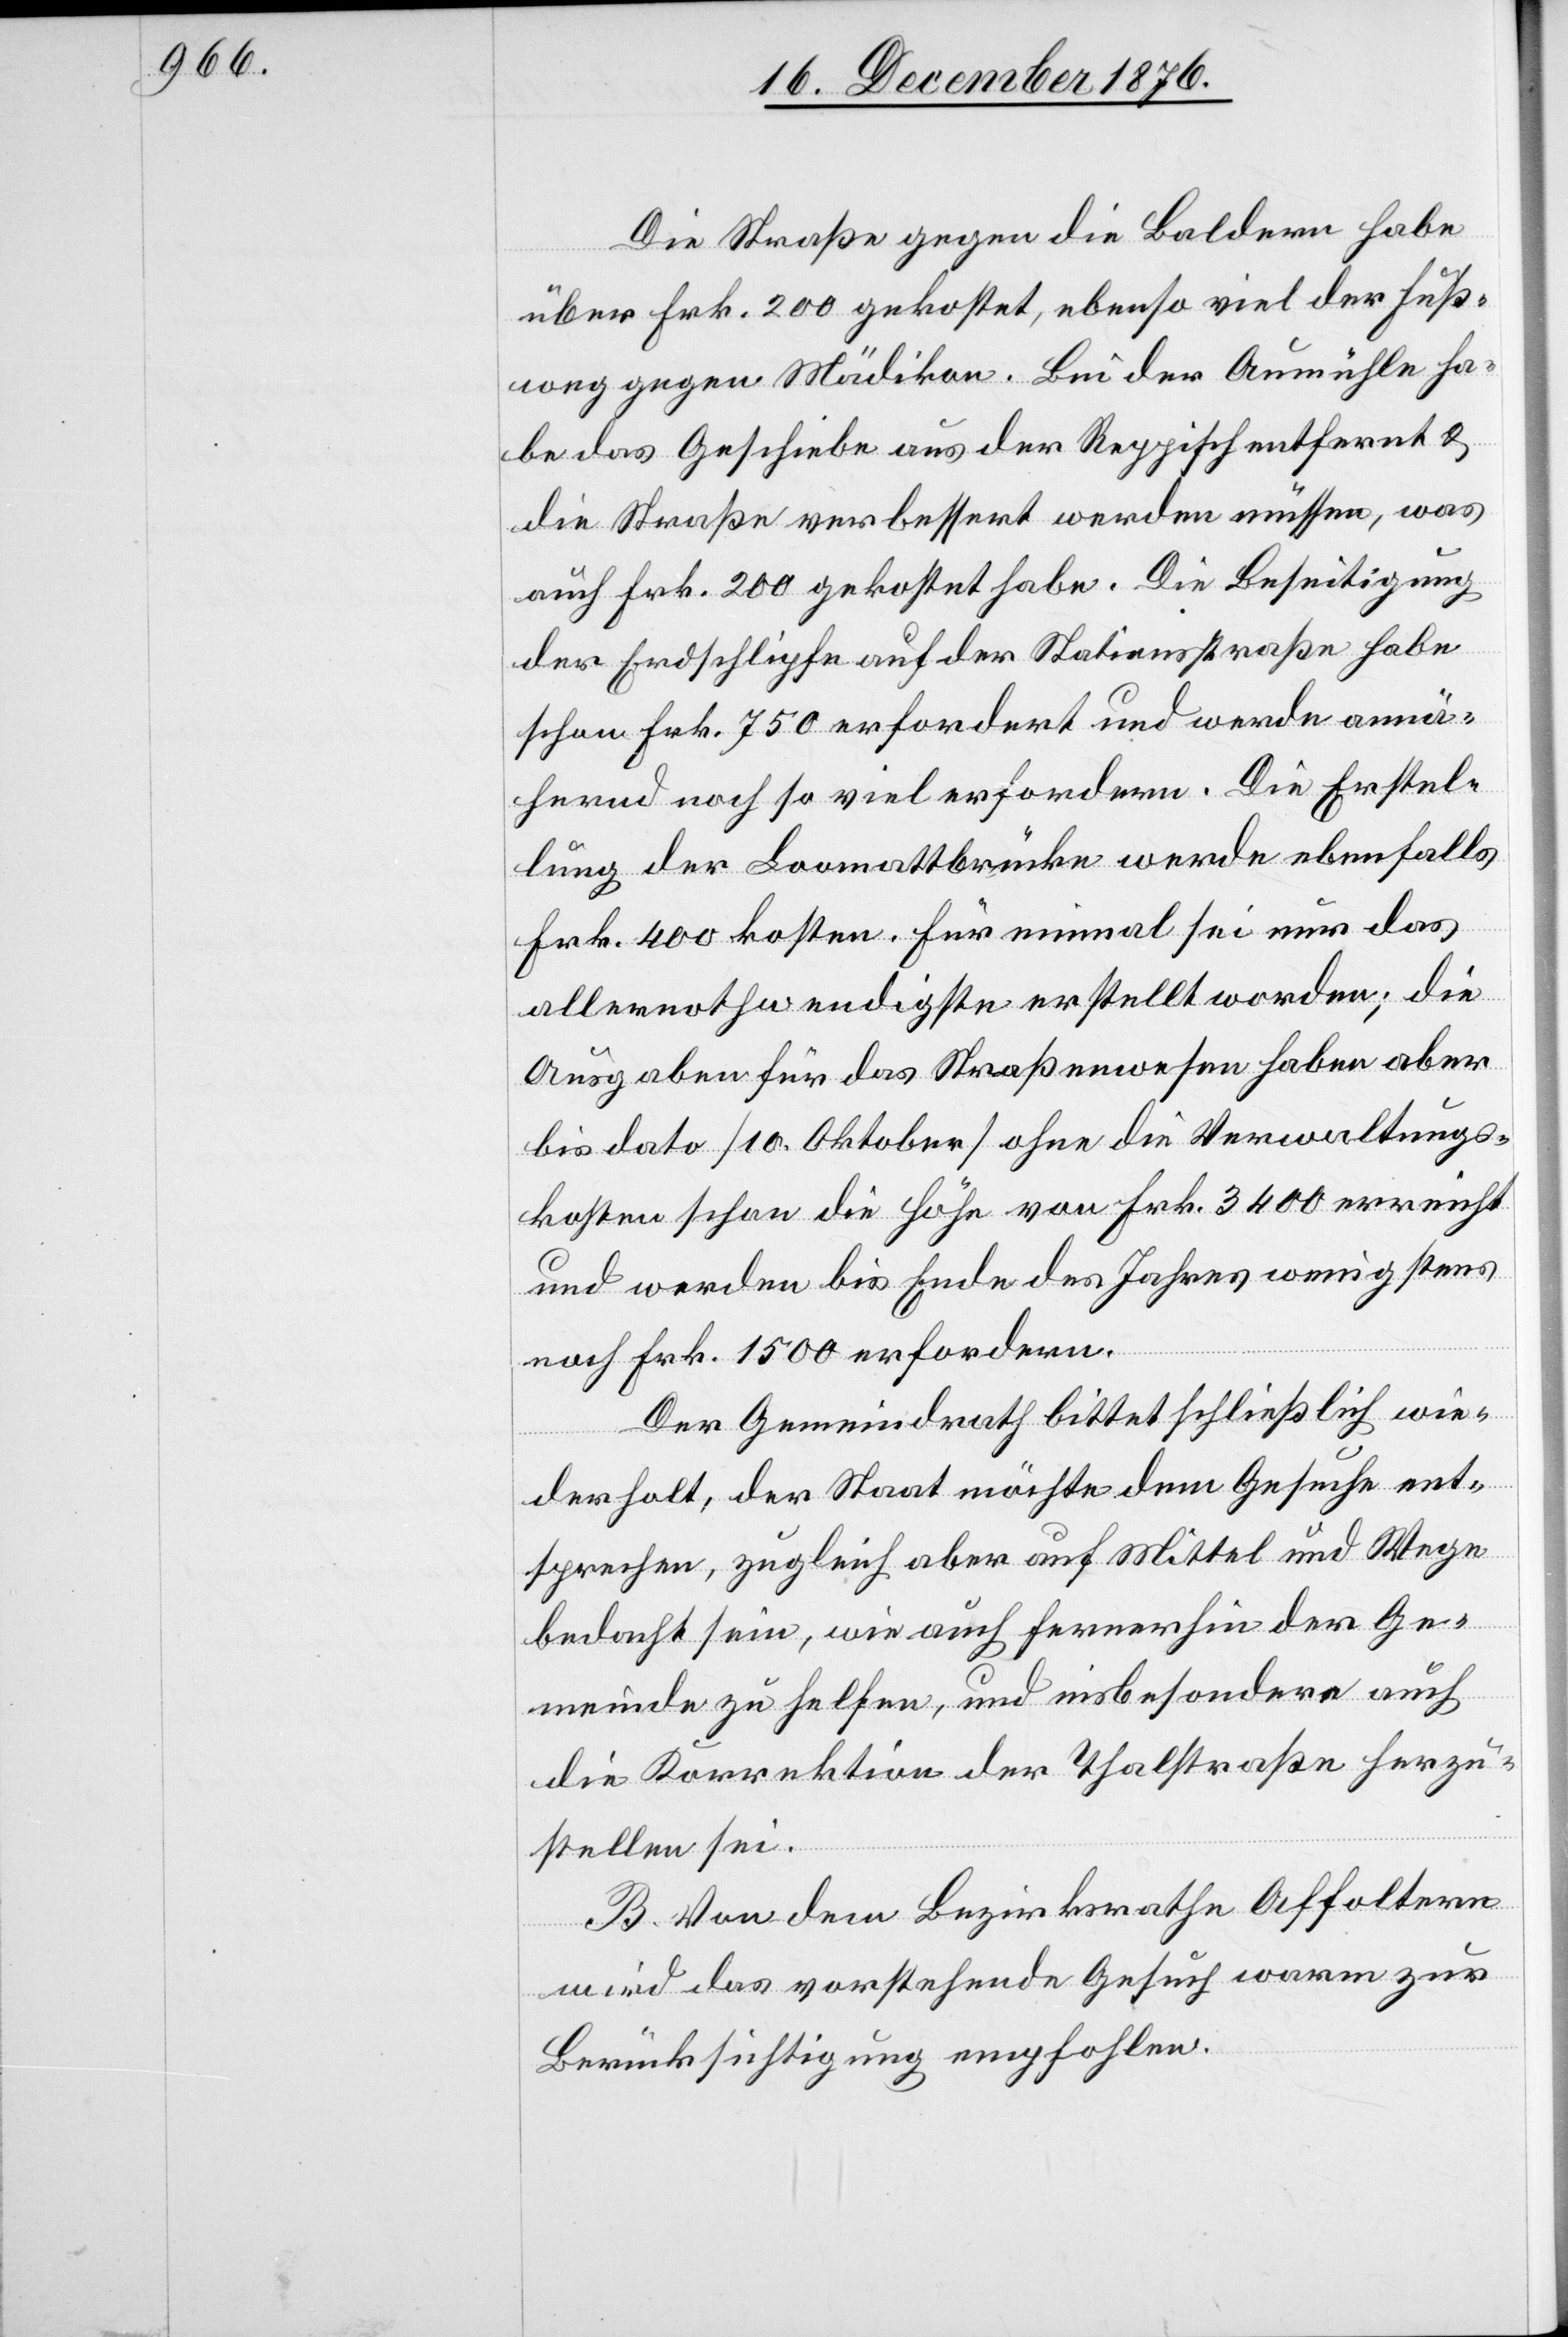
Die Straße gegen die Baldern habe
über Frk. 200 gekostet, ebenso viel der Fußweg
habe das Geschiebe aus der Reppisch entfernt &
die Straße verbessert werden müssen, was
auch Frk. 2000 gekostet habe. Die Beseitigung
der Erdschlipfe auf der Stationsstraße habe
schon Frk. 750 erfordert und werden annä¬
hernd noch so viel erfordern. Die Erstel¬
lung der Loomattbrücke werden ebenfalls
Frk. 400 kosten. Für einmal sei nur das
allernothwendigste erstellt worden; die
Ausgaben für das Straßenwesen haben aber
bis dato [10. Oktober] ohne die Verwaltungs¬
kosten schon die Höhe von Frk. 3400 erreicht
und werden bis Ende des Jahres wenigstens
noch Frk. 1500 erfordern.
Der Gemeindrath bittet schließlich wie¬
derholt, der Staat möchte dem Gesuche ent¬
sprechen, zugleich aber auf Mittel und Wege
bedacht sein, wie auch fernerhin der Ge¬
meinde zu helfen, und insbesondere auch
die Korrektion der Thalstraße herzu¬
stellen sei.
B. Von dem Bezirksrathe Affoltern
wird das vorstehende Gesuch warm zur
Berücksichtigung empfohlen.